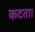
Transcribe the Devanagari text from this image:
कटता।